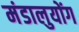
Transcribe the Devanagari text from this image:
मंडालुयोंग